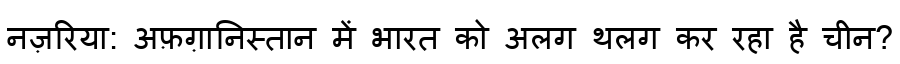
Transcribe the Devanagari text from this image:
नज़रिया: अफ़ग़ानिस्तान में भारत को अलग थलग कर रहा है चीन?